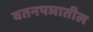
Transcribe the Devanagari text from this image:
वतनपञातील